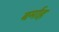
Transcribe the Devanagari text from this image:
बर्माह